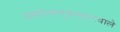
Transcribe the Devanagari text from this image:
समपंचभुजाकारवाले